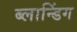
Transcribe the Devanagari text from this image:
ब्लान्डिंग